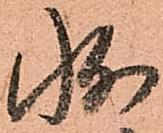
状